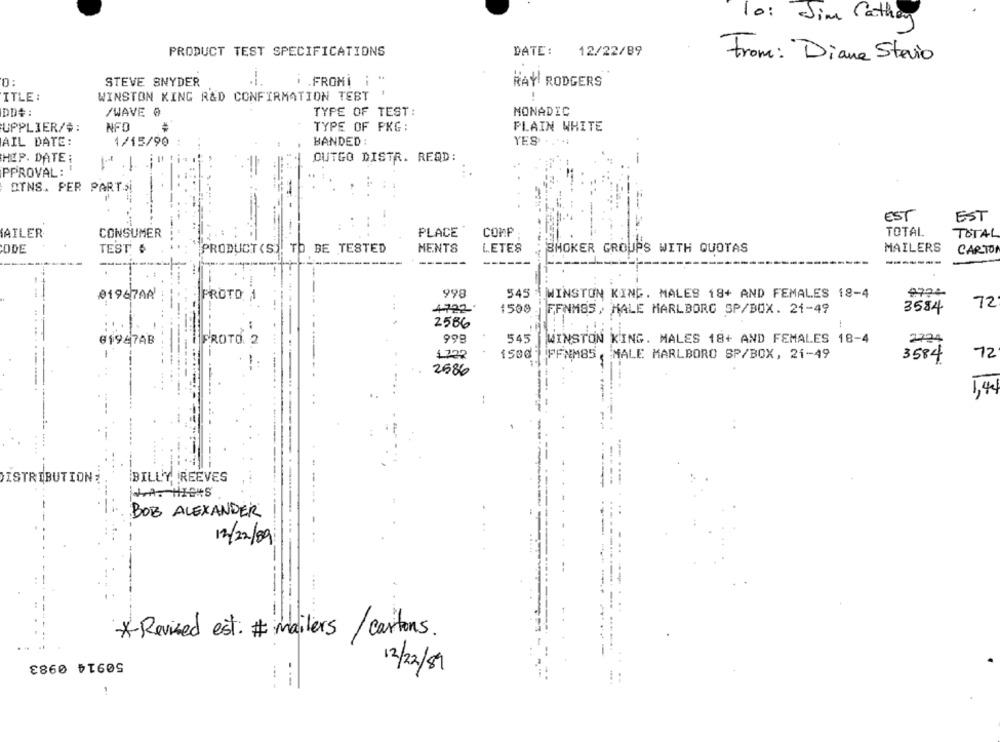
10: Jim Cathay
PRODUCT TEST SPECIFICATIONS
DATE:
12/22/89
From: "Diane Stevio
0:
STEVE SNYDER
. . FROMI i
RAY! RODGERS
WINSTON KING R&D CONFIRMATION TEBT
-
ITLE :
DD4:
/WAVE @
TYPE OF TEST:
MONADIC
NFO
TYPE OF PKG:
PLAIN WHITE
UPPLIER/#:
1/15/90
BANDED :
YES
AIL DATE:
HEP. DATE:
OUTGO DISTR. READ:
PPROVAL:
OTNS. PER PART.
EST
EST
AILER
CONSUMER
PLACE
COMP
TOTAL
TOTAL
TEST $
PRODUCT (S). TO BE TESTED
MENTS
LETES
SMOKER GROUPS WITH QUOTAS
MAILERS
CARTO
-------
01967A0
PROTO
998
545
WINSTON KING. MALES 18+ AND FEMALES 18-4
72
4-722
1500
FFNM85 , MALE MARLBORO SP/BOX. 21-49
3584
2586
81987AB
PROTO 2
998
545
WINSTON KING. MALES 18+ AND FEMALES
18-4
2794
1722
1500 FFNM85 , MALE MARLBORO SP/BOX, 21-49
3584
12
2586
1,44
--
DISTRIBUTION
BILLY REEVES
BOB ALEXANDER
12/22/89
-
* Revised est: # mailers /cartons
---
50914 0983
12/22/89